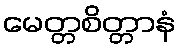
မေတ္တစိတ္တာနံ